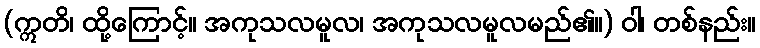
(ဣတိ၊ ထို့ကြောင့်။ အကုသလမူလ၊ အကုသလမူလမည်၏။) ဝါ၊ တစ်နည်း။